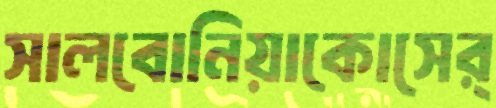
সালবোনিয়াকোসের্